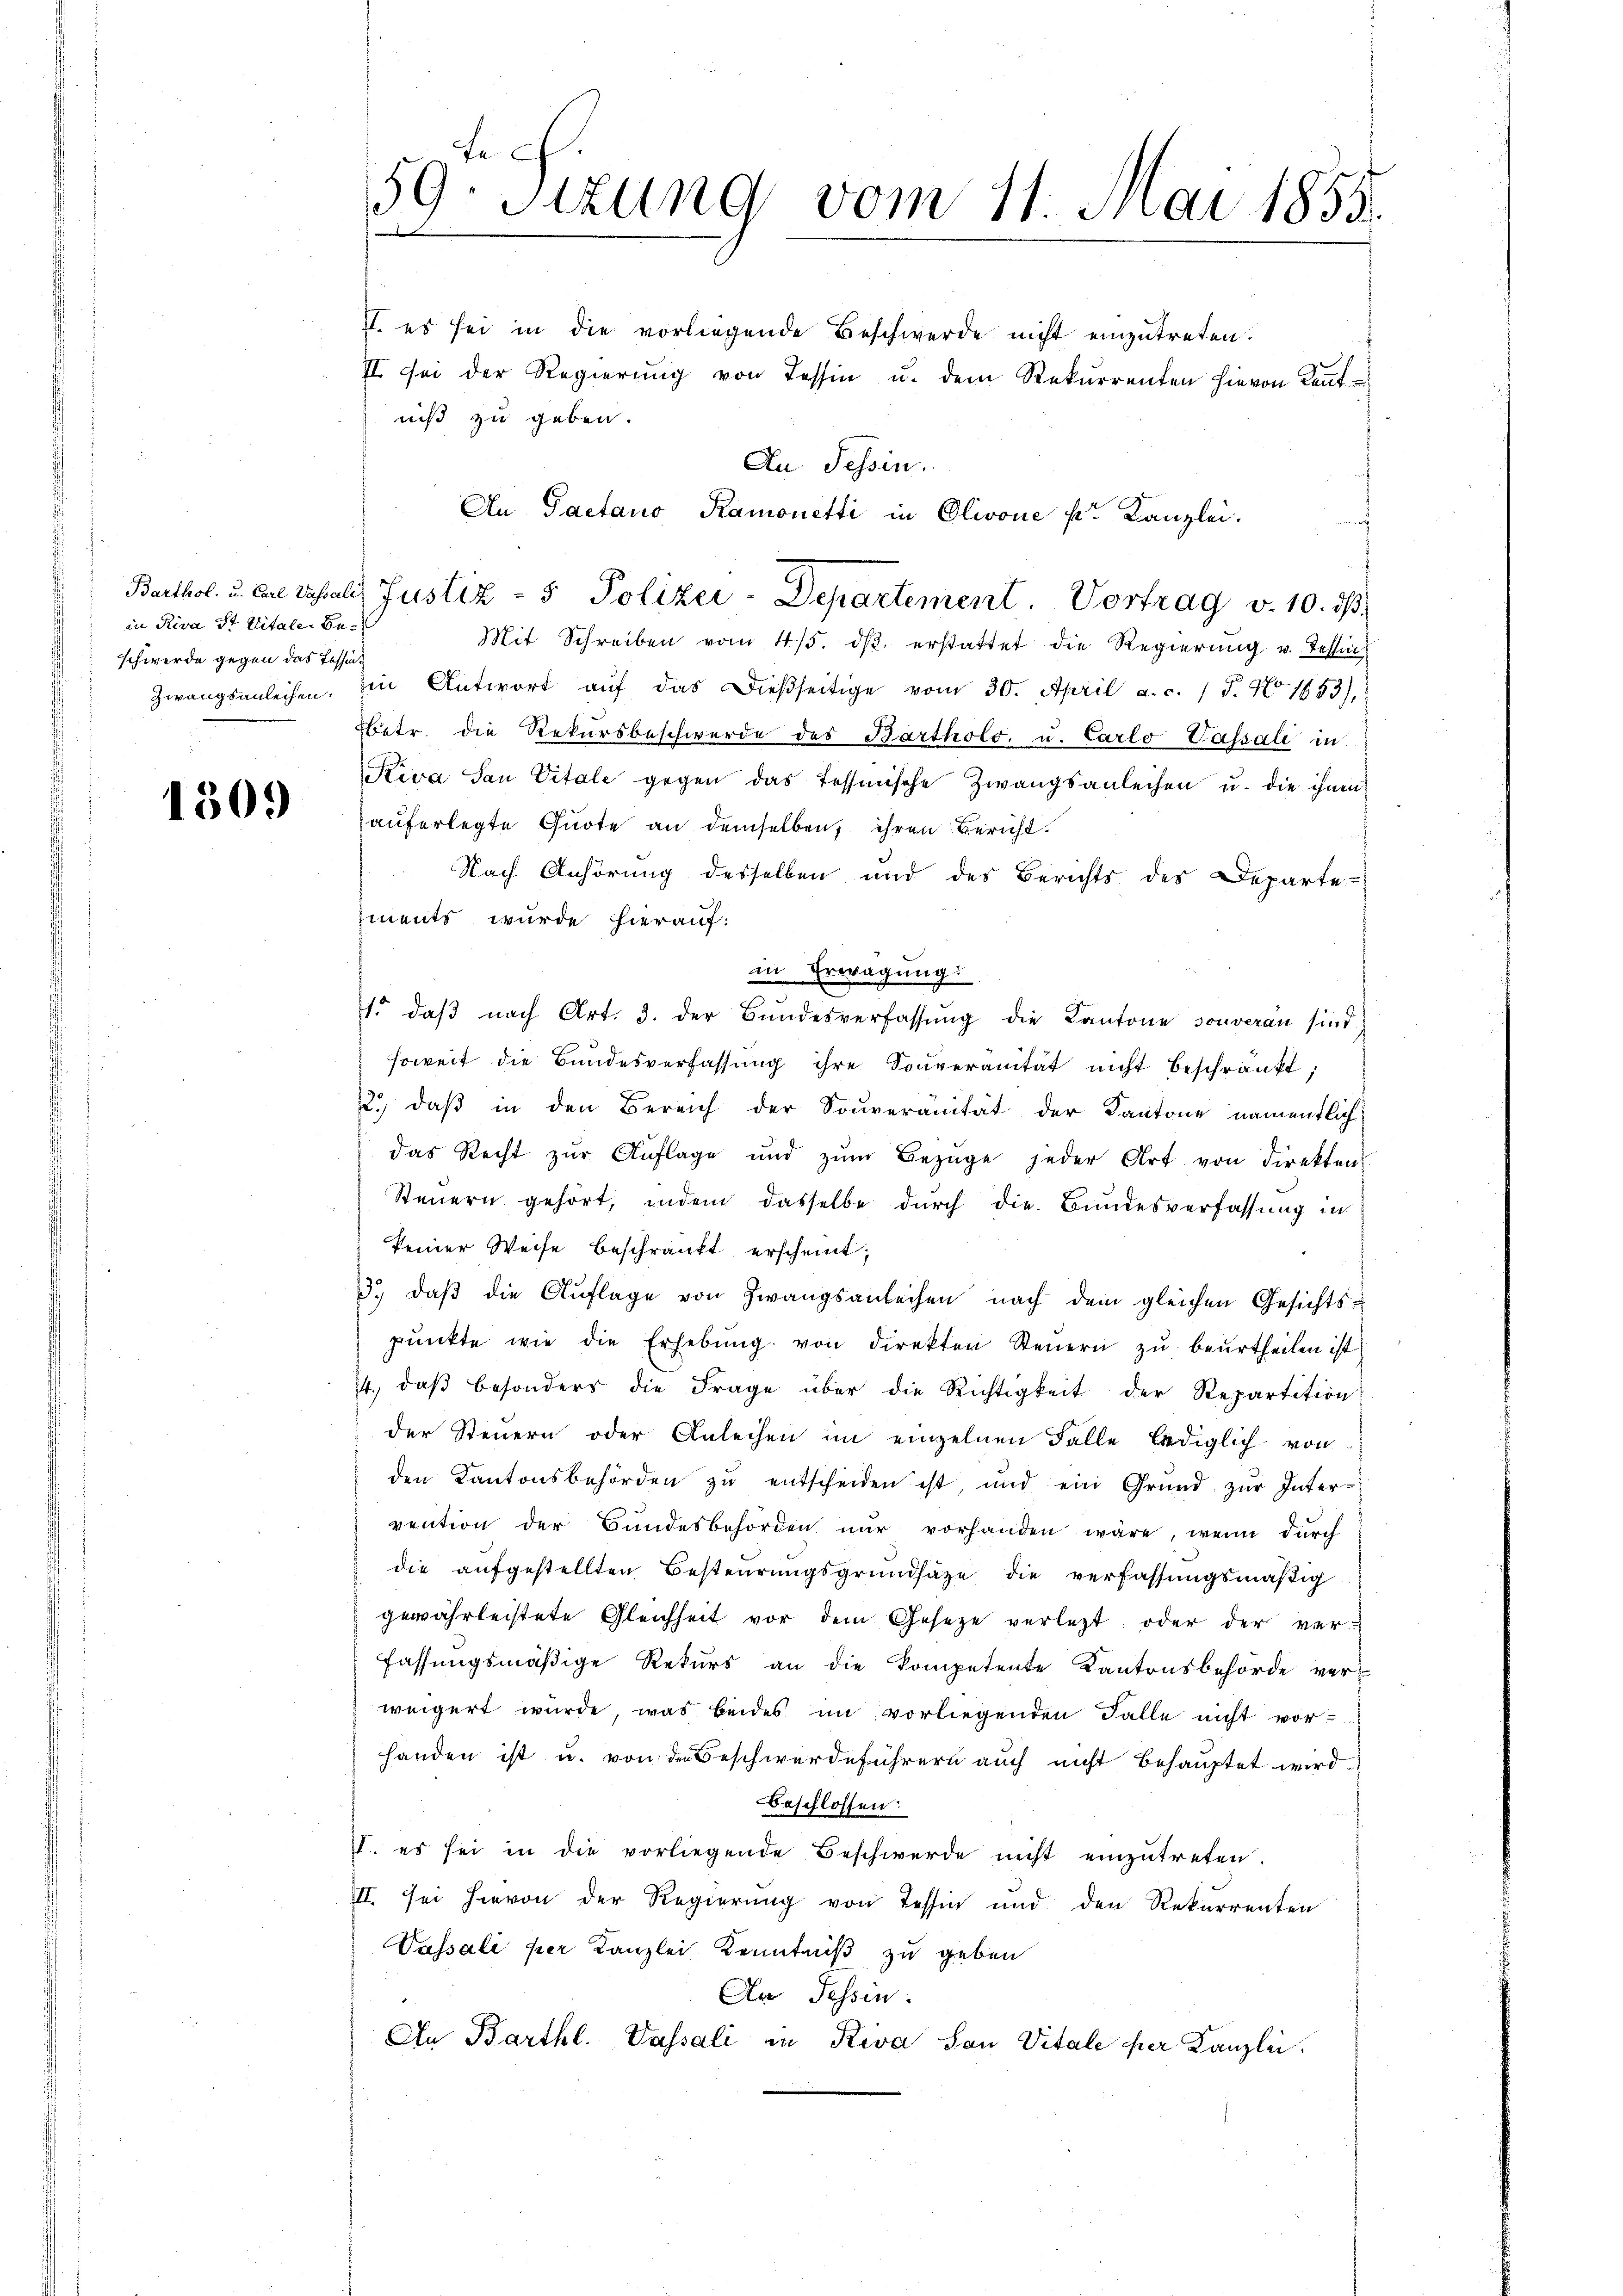
in Riva St Vitale Beschwerde gegen das Tessin

1509

te
59. Sitzung vom 11. Mai 1855.

II. es sei in die vorliegende Beschwerde nicht einzutreten.
II sei der Regierŭng von Tessin u. dem Rekurrenten hievon Kennt
niß zu geben.
Mit Schreiben vom 4/5. dβ erstattet die Regierung u. Tessin
Zwangsanleihen. Ein Antwort aŭf das dießseitige vom 30. April a. c. / 5. No 1853),
betr. die Rekursbeschwerde des Bartholo. u. Carlo Passali in
Kiva San Vitale gegen das Tessinische Zwangsanleihen u. die ihnen
auferlegte Quote an demselben, ihren Bericht.
Nach Anhörung desselben und des Berichts des Departe-
iments wurde hierauf:
in Erwägung
1. daβ nach Art. 3. der Bundesverfassŭng die Kantone souveran sind
soweit die Bundesverfassung ihre Souveränität nicht beschränkt;
2.) daβ in den Bereich der Souveränität der Kantone namentlich,
das Recht zur Auflage und zŭm Bezüge jeder Art von Direkten
Steuern gehört, indem dasselbe durch die Bundesverfassung in
keiner Weise beschränkt erscheint;
3. daβ die Aŭflage von Zwangsanleihen nach dem gleichen Gesichts-
pŭnkte wie die Erhebŭng von direkten Steŭern zŭ beŭrtheilen ist
4., daβ besonders die Frage über die Richtigkeit der Repartition
der Steuern oder Anleihen im einzelnen Falle lediglich von
den Kantonsbehörden zu entscheiden ist, und ein Grund zŭr Inter-
vention der Bundesbehörden nur vorhanden wäre, wenn durch
die aufgestellten Besteurungsgrundsätze die verfassungsmäßig
gewährleistete Gleichheit vor dem Gesetze verletzt oder der verfassungsmäßige Rekurs an die Kompetente Kantonsbehörde verweigert wurde, was beides im vorliegenden Falle nicht vorhanden ist u. von der Beschwerdeführern auch nicht behauptet wird
Beschlossen:
II. es sei in die vorliegende Beschwerde nicht einzŭtreten.
II. Sei hievon der Regierung von Tessin und den Rekurrenten
Passali per Kanzlei Kenntniß zu geben
An Tessin.
An Barthl. Passali in Riva Son Vitale per Kanzlei,

An Tessin.
An Pactano Ramonetti in Olivone pr. Kanzlei.
Barthol. u. an das als Justiz- & Polizei-Departement. Vortrag v. 10. dβ,

h